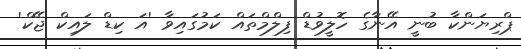
ޕްރިޔަންކާ ބުނީ އޭނާގެ ހޮލީވުޑް ފިލްމްތައް ކަމުގައިވާ 'އަ ކިޑް ލައިކް ޖޭކް'